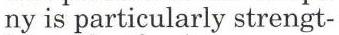
ny is particularly strengt-